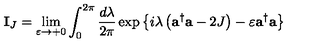
{ \bf I } _ { J } = \lim _ { \varepsilon \rightarrow + 0 } \int _ { 0 } ^ { 2 \pi } { \frac { d \lambda } { 2 \pi } } \exp \left\{ { i \lambda \left( { { \bf a } ^ { \dagger } { \bf a } - 2 J } \right) - \varepsilon { \bf a } ^ { \dagger } { \bf a } } \right\}